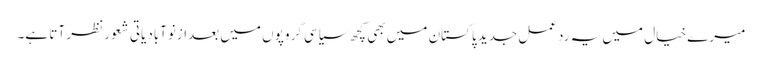
میرے خیال میں یہ ردِعمل جدید پاکستان میں بھی کچھ سیاسی گروپوں میں بعدازنوآبادیاتی شعور نظر آتا ہے۔